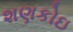
શણકોઇ